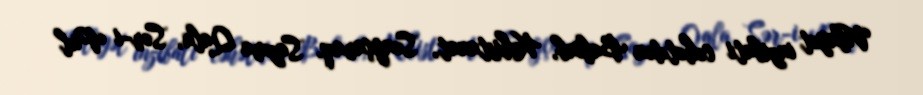
Vilayət inzibati cəhətdən Balxab, Kohistanat, Səngçaraq, Sazma Qala, Sər-i Pul